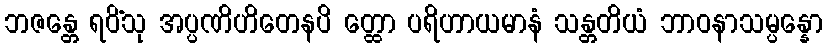
ဘဇန္တေ ရဝိံသု အပ္ပဏိဟိတေနပိ တ္ထော ပရိဟာယမာနံ သန္တတိယံ ဘာဝနာသမ္ပန္နော